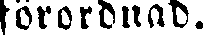
förordnad.